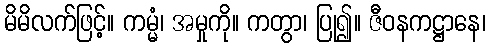
မိမိလက်ဖြင့်။ ကမ္မံ၊ အမှုကို။ ကတွာ၊ ပြု၍။ ဇီဝနကဋ္ဌာနေ၊